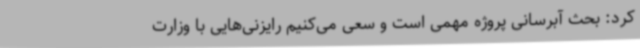
کرد: بحث آبرسانی پروژه مهمی است و سعی می‌کنیم رایزنی‌هایی با وزارت